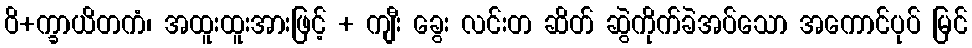
ဝိ+က္ခာယိတကံ၊ အထူးထူးအားဖြင့် + ကျီး ခွေး လင်းတ ဆိတ် ဆွဲကိုက်ခဲအပ်သော အကောင်ပုပ် မြင်